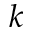
k